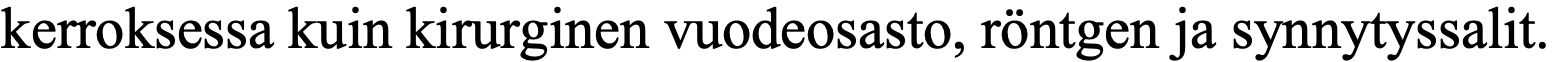
kerroksessa kuin kirurginen vuodeosasto, röntgen ja synnytyssalit.